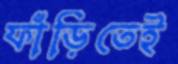
ফাঁড়িতেই